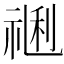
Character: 𥚥